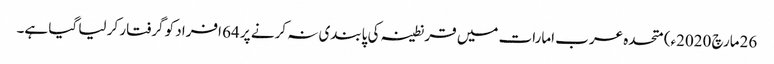
26مارچ 2020ء) متحدہ عرب امارات میں قرنطینہ کی پابندی نہ کرنے پر 64 افراد کو گرفتار کر لیا گیا ہے۔